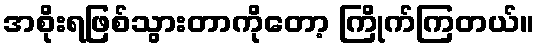
အစိုးရဖြစ်သွားတာကိုတော့ ကြိုက်ကြတယ်။